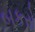
બકરો